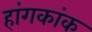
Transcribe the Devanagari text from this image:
हांगकांक